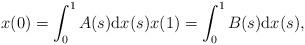
LaTeX: \begin{align*} x(0)=\int_0^1 A(s)\textup dx(s) x(1)=\int_0^1 B(s)\textup dx(s),\end{align*}